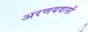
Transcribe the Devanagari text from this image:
अरणयवासी